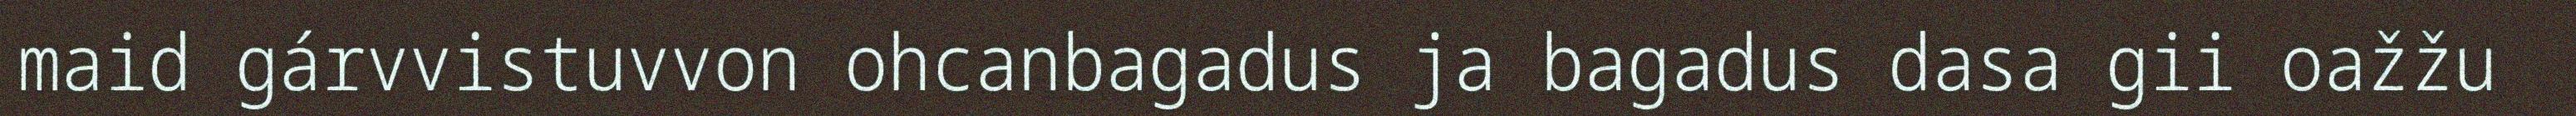
maid gárvvistuvvon ohcanbagadus ja bagadus dasa gii oažžu